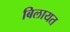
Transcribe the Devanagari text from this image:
बिलायत